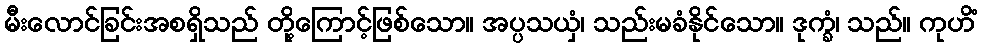
မီးလောင်ခြင်းအစရှိသည် တို့ကြောင့်ဖြစ်သော။ အပ္ပသယှံ၊ သည်းမခံနိုင်သော။ ဒုက္ခံ၊ သည်။ ကုဟိံ